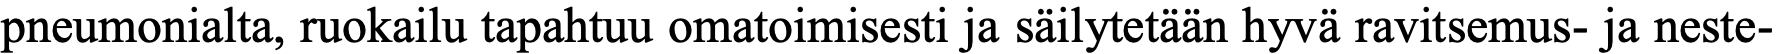
pneumonialta, ruokailu tapahtuu omatoimisesti ja säilytetään hyvä ravitsemus- ja neste-